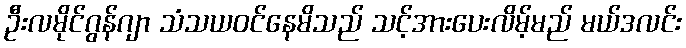
ဦးလမိုင်ဂွန်ဂျာ သံသယဝင်နေမိသည် သင့်အားပေးလိမ့်မည် မယ်ဒလင်း